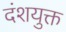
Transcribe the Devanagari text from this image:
दंशयुक्त